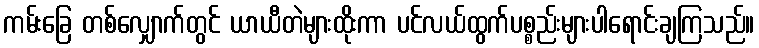
ကမ်းခြေ တစ်လျှောက်တွင် ယာယီတဲများထိုးကာ ပင်လယ်ထွက်ပစ္စည်းများပါရောင်းချကြသည်။